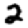
Digit: 2